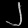
Digit: ၂